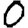
Digit: 0